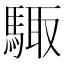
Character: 𮪊